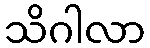
သိဂါလာ